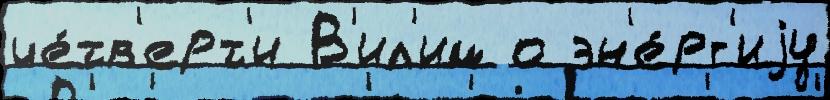
че́тв'ерт'и В'ил'им о эн'е́рг'иjу